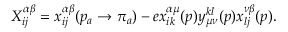
X _ { i j } ^ { \alpha \beta } = x _ { i j } ^ { \alpha \beta } ( p _ { a } \rightarrow \pi _ { a } ) - e x _ { i k } ^ { \alpha \mu } ( p ) y _ { \mu \nu } ^ { k l } ( p ) x _ { l j } ^ { \nu \beta } ( p ) .